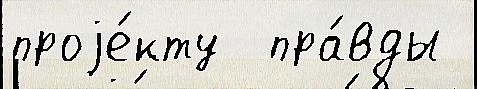
проjе́кту  пра́вды